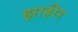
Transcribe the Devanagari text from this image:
झाहीर